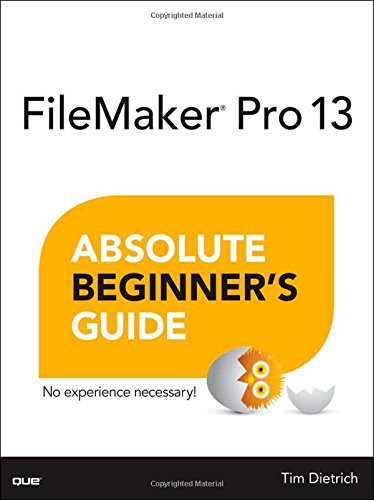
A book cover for FileMaker Pro 13 Absolute Beginner's Guide; Tim Dietrich; Computers & Technology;